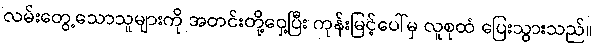
လမ်းတွေ့သောသူများကို အတင်းတို့ဝှေ့ပြီး ကုန်းမြင့်ပေါ်မှ လူစုထံ ပြေးသွားသည်။